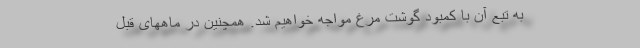
به تبع آن با کمبود گوشت مرغ مواجه خواهیم شد. همچنین در ماههای قبل